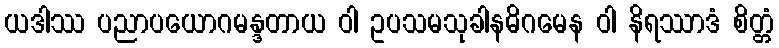
ယဒါဿ ပညာပယောဂမန္ဒတာယ ဝါ ဥပသမသုခါနဓိဂမေန ဝါ နိရဿာဒံ စိတ္တံ